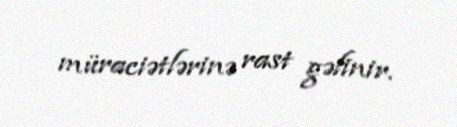
müraciətlərinə rast gəlinir.